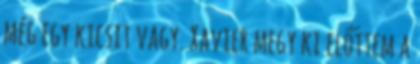
még egy kicsit vagy. Xavier megy ki előttem a